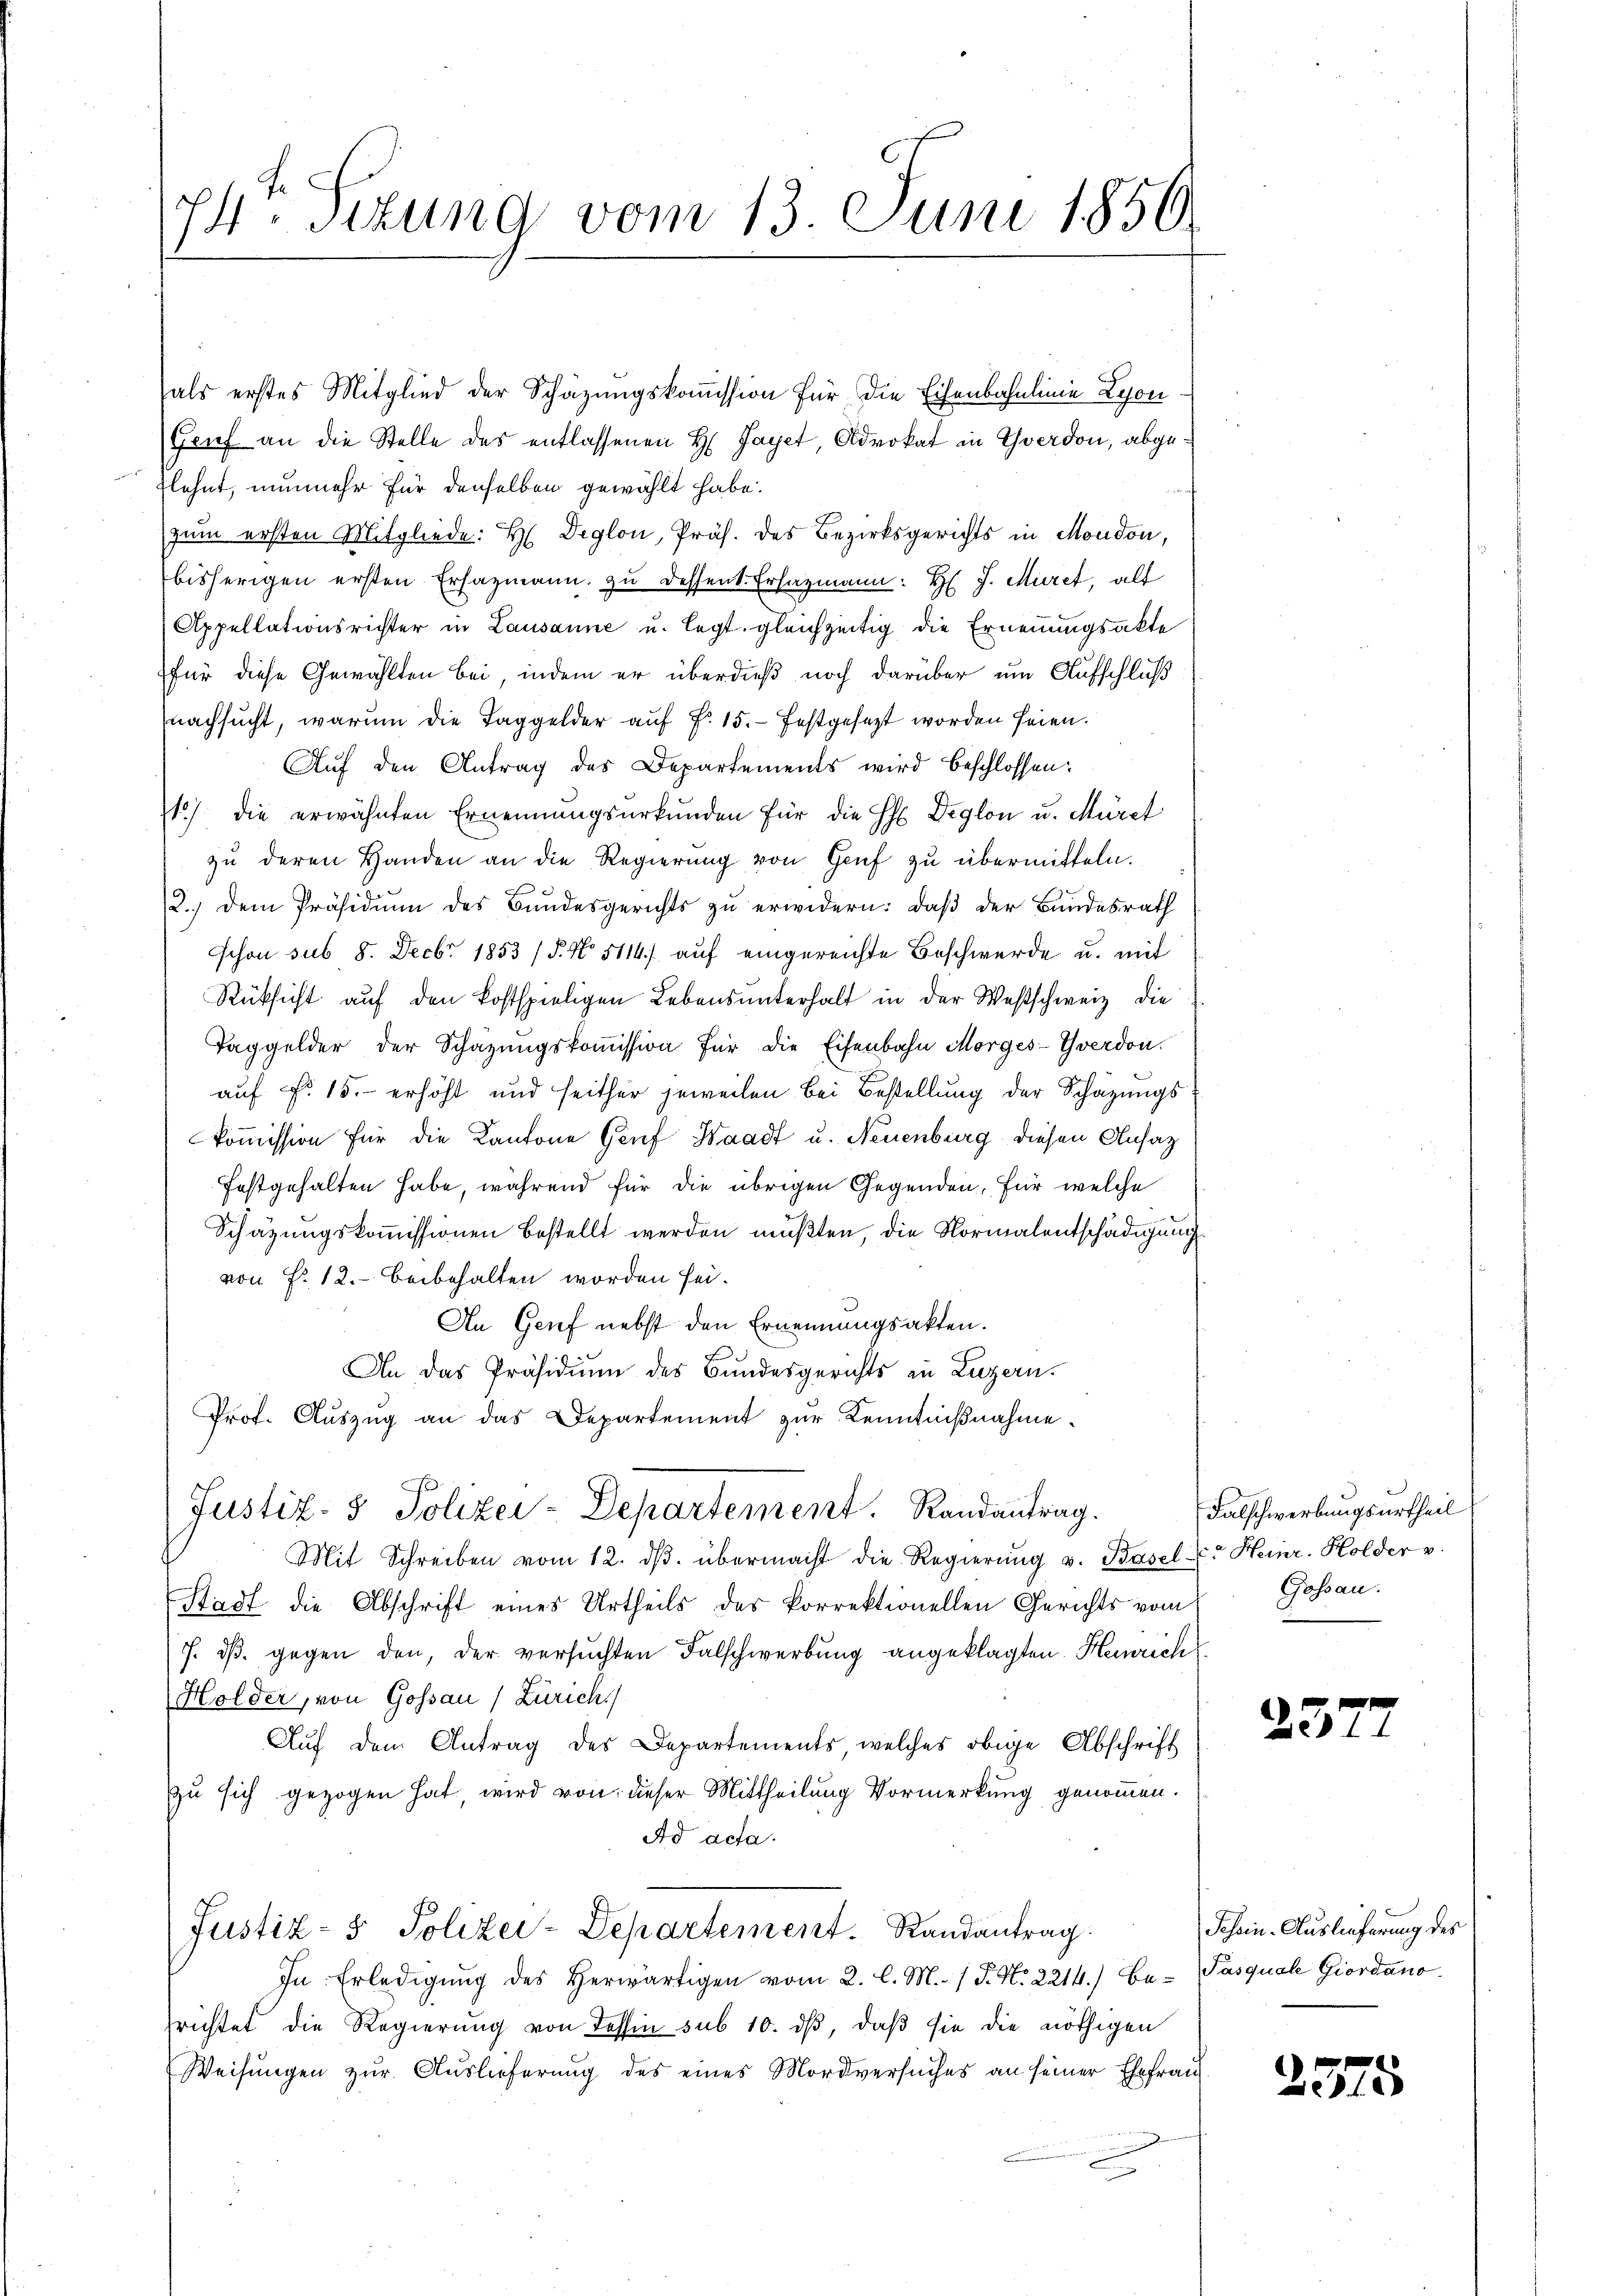
74. Titung vom 13. Juni 1850.

als erstes Mitglied der Schäzungskoṁission für die Eisenbahnlinie Lyon
Grief an die Stelle des entlassenen H. Payet, Advokat in Yverdon, abgeflehnt, nunmehr für denselben gewählt habe.
f
zum ersten Mitgliede: H Deglon, Präs. des Bezirksgerichts in Moudon,
bisherigen ersten Ersazmann zu dessent. Ersazmann: H. J. Müret, alt
Appellationsrichter in Lausanne u. legt, gleichzeitig die Ernennungsakte
für diese Gewählten bei, indem er überdieß noch darüber um Aufschluß
nachsucht, warum die Taggelder auf Fr. 15. festgesezt worden seien.
Auf den Antrag des Departements wird beschlossen:
1) die erwähnten Ernennungsurkunden für die H Deglon u. Müret
zu deren Handen an die Regierung von Genf zu übermitteln.
2.) Dem Präsidium des Bundesgerichts zu erwidern: daß der Bundesrath
schon sub 8. Febr. 1853 /d. No. 5114) auf eingereichte Beschwerde u. mit
Rüksicht auf den kostspieligen Lebensunterhalt in der Westschweiz die
Taggelder der Schazungskommission für die Eisenbahn Morges-Yverdon.
auf Fr. 15. erhöht und seither jeweilen bei Bestellung der Schazungskommission für die Kantone Genf Waadt u. Neuenburg diesen Ansatz
festgehalten habe, während für die übrigen Gegenden, für welche
Schätzungskoṁissionen bestellt werden müβten, die Normalentschädigung
von Fr. 12. Beibehalten worden sei.
An Genf nebst den Ernennungsakten.
An das Präsidium des Bundesgerichts zu Luzern.
Prof. Auszug an das Departement zur Kenntnißnahme.
o
Justiz- & Polizei-Departement. Randantrag.
Mit Schreiben vom 12. dβ. übermacht die Regierŭng v. Basel. Heinr. Holder u.
Stadt die Abschrift eines Urtheils des korrektionellen Gerichts vom
7. dβ. gegen den, der versuchten Falschwerbung angeklagten Heinrich
Holder, von Gossau (Zürich
Aŭf dem Antrag des Departements welches obige Abschrift
zu sich gezogen hat, wird von dieser Mittheilung Vormerkung genommen.
Ad acta.
Justiz- & Polizei-Departement. Randantrag.
In Erledigung des Herwärtigen vom 2. l. M. (T. N. 2214.) Be- Pasquale Giordano
srichtet die Regierung von Tessin sub 10. dβ, daß sie die nöthigen
Weisŭngen zur Auslieferung des eines Mordversuches an seiner Ehefrau

Falschwerbungsurtheil
Gossau.

25

Schein-Auslieferung des

237

5